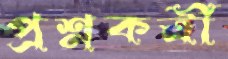
প্রশ্নকর্ত্রী